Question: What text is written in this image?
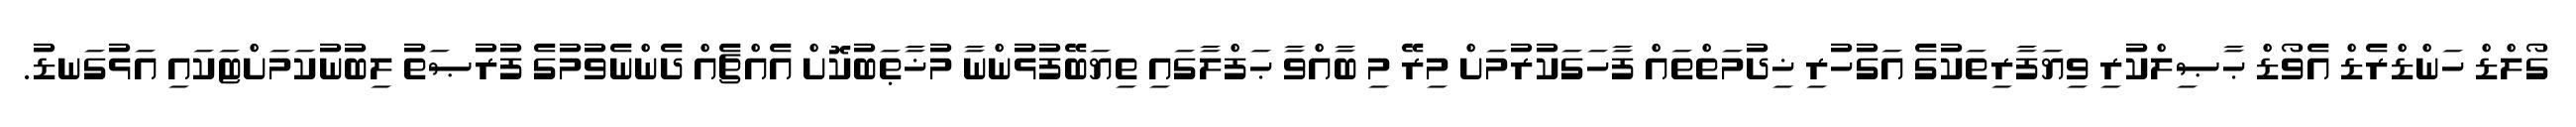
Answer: ގޯލްޑް ހަންޑްރެޑް އެވޯޑް ޙާޞިލްކުރި ވިޔަފާރިތަކުގެ އަގުހުރި ޚިދުމަތްތައް ފާހަގަކުރުމަށް މިރޭ މި ބާއްވާ ޙަފްލާގައި ތިޔަބޭފުޅުންނާ މުޚާޠަބުކޮށް އެއްޗެއް ދެންނެވުމުގެ ފުރުޞަތު ލިބުނުކަމަށްޓަކައި އަޅުގަނޑު.